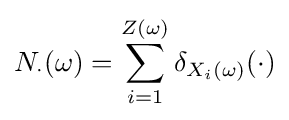
N_{\cdot }(\omega )=\sum \limits _{i=1}^{Z(\omega )}\delta _{X_{i}(\omega )}(\cdot )